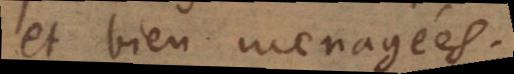
et bien menagées.